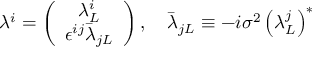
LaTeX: \lambda ^ { i } = \left( \begin{array} { c } { { \lambda _ { L } ^ { i } } } \\ { { \epsilon ^ { i j } \bar { \lambda } _ { j L } } } \end{array} \right) , \quad \bar { \lambda } _ { j L } \equiv - i \sigma ^ { 2 } \left( \lambda _ { L } ^ { j } \right) ^ { * }